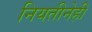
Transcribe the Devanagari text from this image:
नियतीनेही